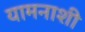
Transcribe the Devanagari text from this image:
यामनाशी